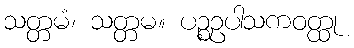
သတ္တမံ၊ သတ္တမ။ ပဉ္စဥပါသကဝတ္ထု